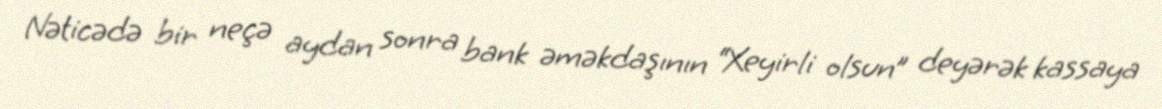
Nəticədə bir neçə aydan sonra bank əməkdaşının “Xeyirli olsun” deyərək kassaya